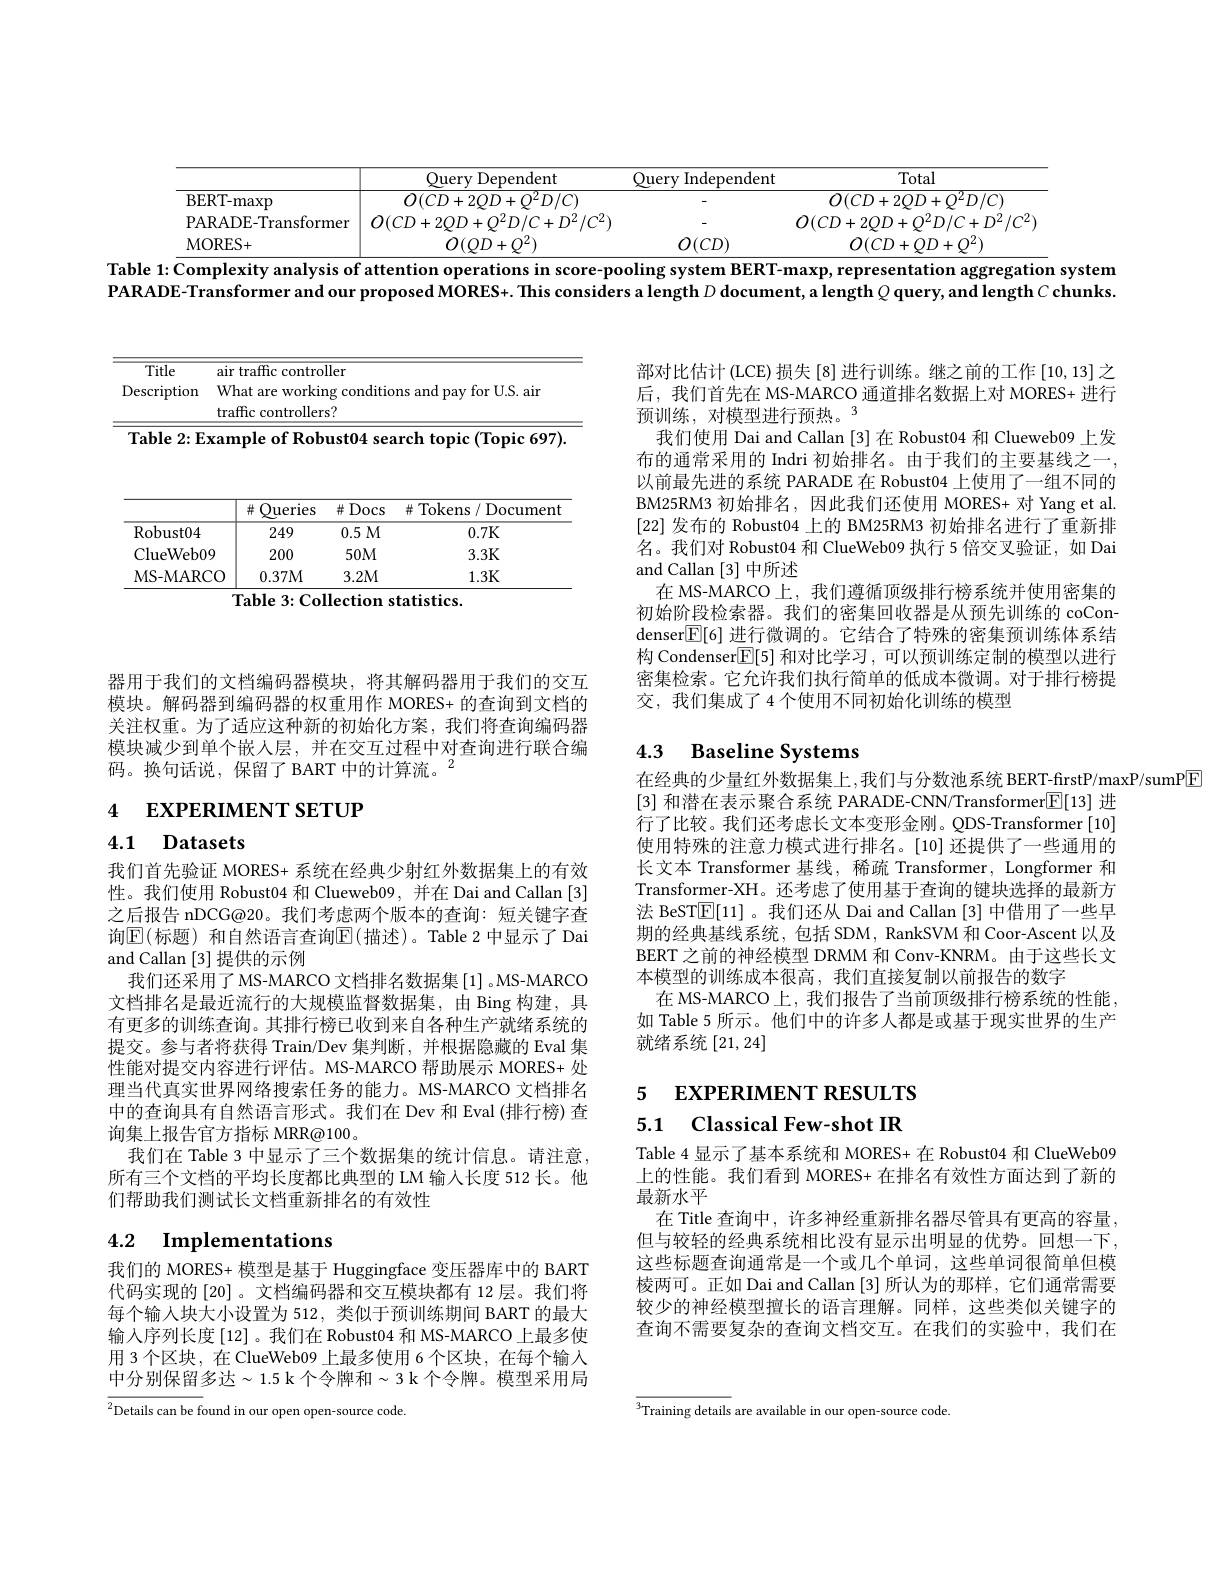
<table>
	<tbody>
		<tr>
			<th> </th>
			<th>Query Dependent</th>
			<th>Query Independent</th>
			<th>Total</th>
		</tr>
		<tr>
			<td>BERT- maxp</td>
			<td>$O(CD+2QD+Q^{2}D/C)$</td>
			<td> </td>
			<td>$O(CD+2QD+Q^{2}D/C)$</td>
		</tr>
		<tr>
			<td>PARADE-Transformer</td>
			<td>$O(CD+2OD+O^{2}D/C+D^{2}/C^{2})$</td>
			<td> </td>
			<td>$O(CD+2OD+O^{2}D/C+D^{2}/C^{2})$</td>
		</tr>
		<tr>
			<td>MORES+ </td>
			<td>$O(OD+O^{2})$</td>
			<td>$O(CD)$</td>
			<td>$O(CD+OD+O^{2})$</td>
		</tr>
	</tbody>
</table>
Table $1:\overline{\text{Complexityanalysis ofattention operationsinscore-poolingsystemBERT-maxp,representation aggregation system}}$

PARADE-Transformer and our proposed MORES+. This considers a length $D$ document, a length $Q$ query, and length $C$ chunks.

<table>
	<tbody>
		<tr>
			<td>Title</td>
			<td>air traffic $\overline{\mathrm{controller}}$</td>
		</tr>
		<tr>
			<td>Description</td>
			<td>$WF$ tnr $\cdot11.$</td>
		</tr>
		<tr>
			<td> </td>
			<td>traffic controllers?</td>
		</tr>
	</tbody>
</table>

<table>
	<tbody>
		<tr>
			<th> </th>
			<th>Queries 井</th>
			<th>井 Docs</th>
			<th>$\#$ Tokens / Document</th>
		</tr>
		<tr>
			<td>Robust04</td>
			<td>249</td>
			<td>0.5M</td>
			<td>0.7K</td>
		</tr>
		<tr>
			<td>${\mathrm{ClueWeb09}}$</td>
			<td>200</td>
			<td>$50M$</td>
			<td>3.3K</td>
		</tr>
		<tr>
			<td>MS- MARCO</td>
			<td>0.37M</td>
			<td>3.2M</td>
			<td>1.3K</td>
		</tr>
	</tbody>
</table>
${\mathrm{Table~3:Collection~statistics.}}$

器用于我们的文档编码器模块，将其解码器用于我们的交互模块。解码器到编码器的权重用作 MORES+ 的查询到文档的关注权重。为了适应这种新的初始化方案，我们将查询编码器模块减少到单个嵌人层，并在交互过程中对查询进行联合编码。换句话说，保留了 BART 中的计算流。$^{2}$

# 4 EXPERIMENT SETUP

## 4.1 Datasets

我们首先验证 MORES+ 系统在经典少射红外数据集上的有效性。我们使用 Robust04 和 Clueweb09, 并在 Dai and Callan [3] 之后报告 nDCG@20。我们考虑两个版本的查询：短关键字查询$\mathbb{E}($标题) 和自然语言查询$\mathbb{E}($描述)。Table 2 中显示了 Dai and Callan [3]提供的示例
我们还采用了 MS-MARCO 文档排名数据集[1] 。MS-MARCO 文档排名是最近流行的大规模监督数据集，由 Bing 构建，具有更多的训练查询。其排行榜已收到来自各种生产就绪系统的提交。参与者将获得 Train/Dev 集判断，并根据隐藏的 Eval 集性能对提交内容进行评估。MS-MARCO 帮助展示 MORES+ 处理当代真实世界网络搜索任务的能力。MS-MARCO 文档排名中的查询具有自然语言形式。我们在 Dev 和 Eval (排行榜) 查询集上报告官方指标 MRR@100。
我们在 Table 3 中显示了三个数据集的统计信息。请注意， 所有三个文档的平均长度都比典型的 LM 输入长度 512 长。他们帮助我们测试长文档重新排名的有效性

# 4.2 $\textbf{Implementations}$

我们的 MORES+ 模型是基于 Huggingface 变压器库中的 BART 代码实现的[20] 。文档编码器和交互模块都有 12 层。我们将每个输人块大小设置为 512,类似于预训练期间 BART 的最大输入序列长度[12]。我们在 Robust04 和 MS-MARCO 上最多使用 3 个区块，在 ClueWeb09 上最多使用 6 个区块，在每个输入中分别保留多达~1.5 k 个令牌和~3 k 个令牌。模型采用局

$\overline {{^2}}$Details can be f${\text{ound in our open open- source code. }}$

部对比估计 (LCE) 损失 [8] 进行训练。继之前的工作 [10,13] 之后，我们首先在 MS-MARCO 通道排名数据上对 MORES+ 进行预训练，对模型进行预热。3
我们使用 Dai and Callan [3] 在 Robust04 和 Clueweb09 上发布的通常采用的 Indri 初始排名。由于我们的主要基线之一， 以前最先进的系统 PARADE 在 Robust04 上使用了一组不同的BM25RM3 初始排名，因此我们还使用 MORES+ 对 Yang et al. [22]发布的 Robust04 上的 BM25RM3 初始排名进行了重新排名。我们对 Robust04 和 ClueWeb09 执行 5 倍交叉验证，如 Dai and Callan [3]中所述
在 MS-MARCO 上，我们遵循顶级排行榜系统并使用密集的初始阶段检索器。我们的密集回收器是从预先训练的 coCondenser$\boxed{\mathbb{F}}[6]$进行微调的。它结合了特殊的密集预训练体系结构 Condenser[E] 和对比学习 , 可以预训练定制的模型以进行密集检索。它允许我们执行简单的低成本微调。对于排行榜提交，我们集成了 4 个使用不同初始化训练的模型

## 4.3 Baseline Systems

在经典的少量红外数据集上，我们与分数池系统 BERT-firstP/maxP/sumP[E]
[3]和潜在表示聚合系统 PARADE-CNN/Transformer$\boxed{\mathbb{F}}[13]$进行了比较。我们还考虑长文本变形金刚。QDS-Transformer[10] 使用特殊的注意力模式进行排名。[10] 还提供了一些通用的长文本 Transformer 基线，稀疏 Transformer, Longformer 和Transformer-XH。还考虑了使用基于查询的键块选择的最新方法 BeST$\overline{\mathbb{E}}[11]$ 。我们还从 Dai and Callan [3]中借用了一些早期的经典基线系统，包括 SDM, RankSVM 和 Coor-Ascent 以及BERT 之前的神经模型 DRMM 和 Conv-KNRM。由于这些长文本模型的训练成本很高，我们直接复制以前报告的数字
在 MS-MARCO 上，我们报告了当前顶级排行榜系统的性能， 如 Table 5 所示。他们中的许多人都是或基于现实世界的生产就绪系统$\left[21,24\right]$

# 5 EXPERIMENT RESULTS 5.1 Classical Few-shot IR

Table 4 显示了基本系统和 MORES+ 在 Robust04 和 ClueWeb09上的性能。我们看到 MORES+ 在排名有效性方面达到了新的最新水平
在 Title 查询中，许多神经重新排名器尽管具有更高的容量， 但与较轻的经典系统相比没有显示出明显的优势。回想一下， 这些标题查询通常是一个或几个单词，这些单词很简单但模棱两可。正如 Dai and Callan [3]所认为的那样，它们通常需要较少的神经模型擅长的语言理解。同样，这些类似关键字的查询不需要复杂的查询文档交互。在我们的实验中，我们在

$^{3}$Training details are available in our open-source code